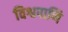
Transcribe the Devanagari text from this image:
विश्वपाणि